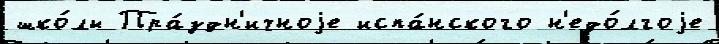
шко́лы Пра́здн'ичноjе испа́нского н'едо́лгоjе